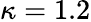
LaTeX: \kappa=1.2